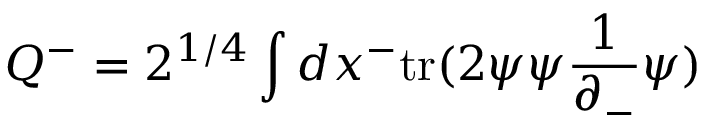
Q ^ { - } = 2 ^ { 1 / 4 } \int d x ^ { - } \mathrm { t r } ( 2 \psi \psi \frac { 1 } { \partial _ { - } } \psi )